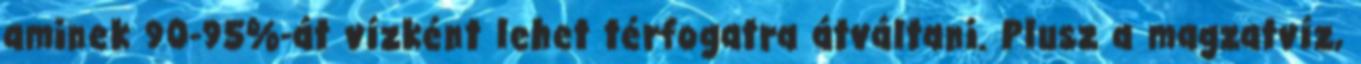
aminek 90-95%-át vízként lehet térfogatra átváltani. Plusz a magzatvíz,